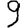
Digit: 9